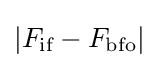
\left|F_{\text{if}}-F_{\text{bfo}}\right|